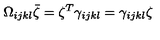
\Omega _ { i j k l } \bar { \zeta } = \zeta ^ { T } \gamma _ { i j k l } = \gamma _ { i j k l } \zeta